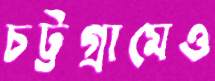
চট্টগ্রামেও